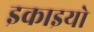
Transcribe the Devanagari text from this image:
इकाइयो